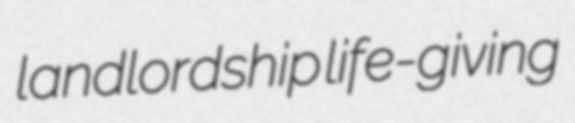
landlordship life-giving